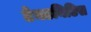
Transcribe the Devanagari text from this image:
टेनडनिटिस